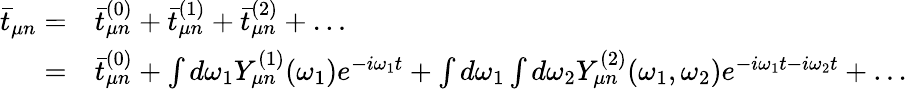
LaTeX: \begin{array}{rl}{\bar{t}_{\mu n}=}&{\bar{t}_{\mu n}^{(0)}+\bar{t}_{\mu n}^{(1)}+\bar{t}_{\mu n}^{(2)}+\dots}\\ {=}&{\bar{t}_{\mu n}^{(0)}+\int d\omega_{1}Y_{\mu n}^{(1)}(\omega_{1})e^{-i\omega_{1}t}+\int d\omega_{1}\int d\omega_{2}Y_{\mu n}^{(2)}(\omega_{1},\omega_{2})e^{-i\omega_{1}t-i\omega_{2}t}+\dots}\end{array}